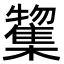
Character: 𭬲